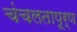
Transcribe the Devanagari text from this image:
चंचलतापूर्ण